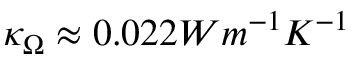
\kappa _ { \Omega } \approx 0 . 0 2 2 W m ^ { - 1 } K ^ { - 1 }